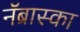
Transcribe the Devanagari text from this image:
नॅब्रास्का